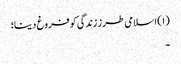
(۱) اسلامی طرز زندگی کو فروغ دینا؛
۔